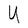
Character: U